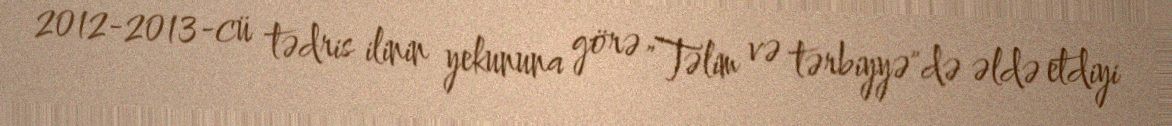
2012-2013-cü tədris ilinin yekununa görə "Təlim və tərbiyyə"də əldə etdiyi